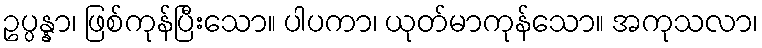
ဥပ္ပန္နာ၊ ဖြစ်ကုန်ပြီးသော။ ပါပကာ၊ ယုတ်မာကုန်သော။ အကုသလာ၊